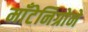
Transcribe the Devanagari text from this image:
माँटेनिग्रोने